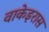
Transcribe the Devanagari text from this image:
वाकेइरास